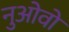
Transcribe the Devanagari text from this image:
नुओवो